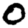
Digit: 0